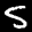
Label: 5